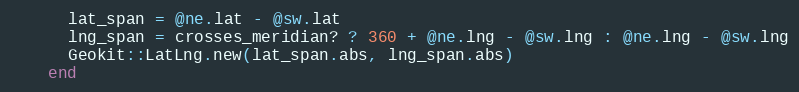
Language: Ruby
      lat_span = @ne.lat - @sw.lat
      lng_span = crosses_meridian? ? 360 + @ne.lng - @sw.lng : @ne.lng - @sw.lng
      Geokit::LatLng.new(lat_span.abs, lng_span.abs)
    end